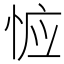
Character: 𰑦